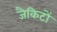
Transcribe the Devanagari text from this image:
जैकिटों